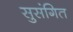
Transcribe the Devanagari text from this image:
सुसंगित